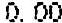
0.00